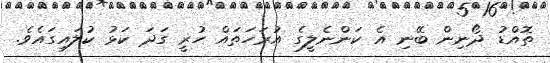
ތޮއްޑު ދޯނިން ބޭނި އެ ކަންނެލީގެ އުރަހަތައް ހުރީ ގަދަ ކަޅު ކުލައިގައެވެ.